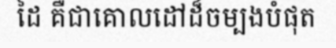
ដៃ គឺជាគោលដៅដ៏ចម្បងបំផុត